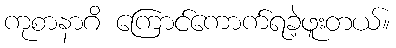
ကုစာနာဂိ ကြောင်ကောက်ရခဲ့ဖူးတယ်။